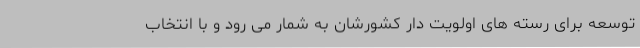
توسعه برای رسته های اولویت دار کشورشان به شمار می رود و با انتخاب